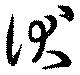
伏